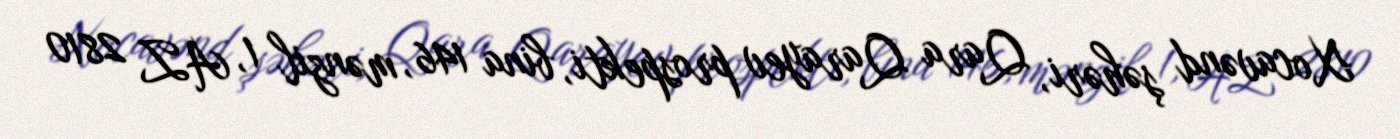
Xocavənd şəhəri, Qara Qarayev prospekti, bina 146, mənzil 1, AZ 2810